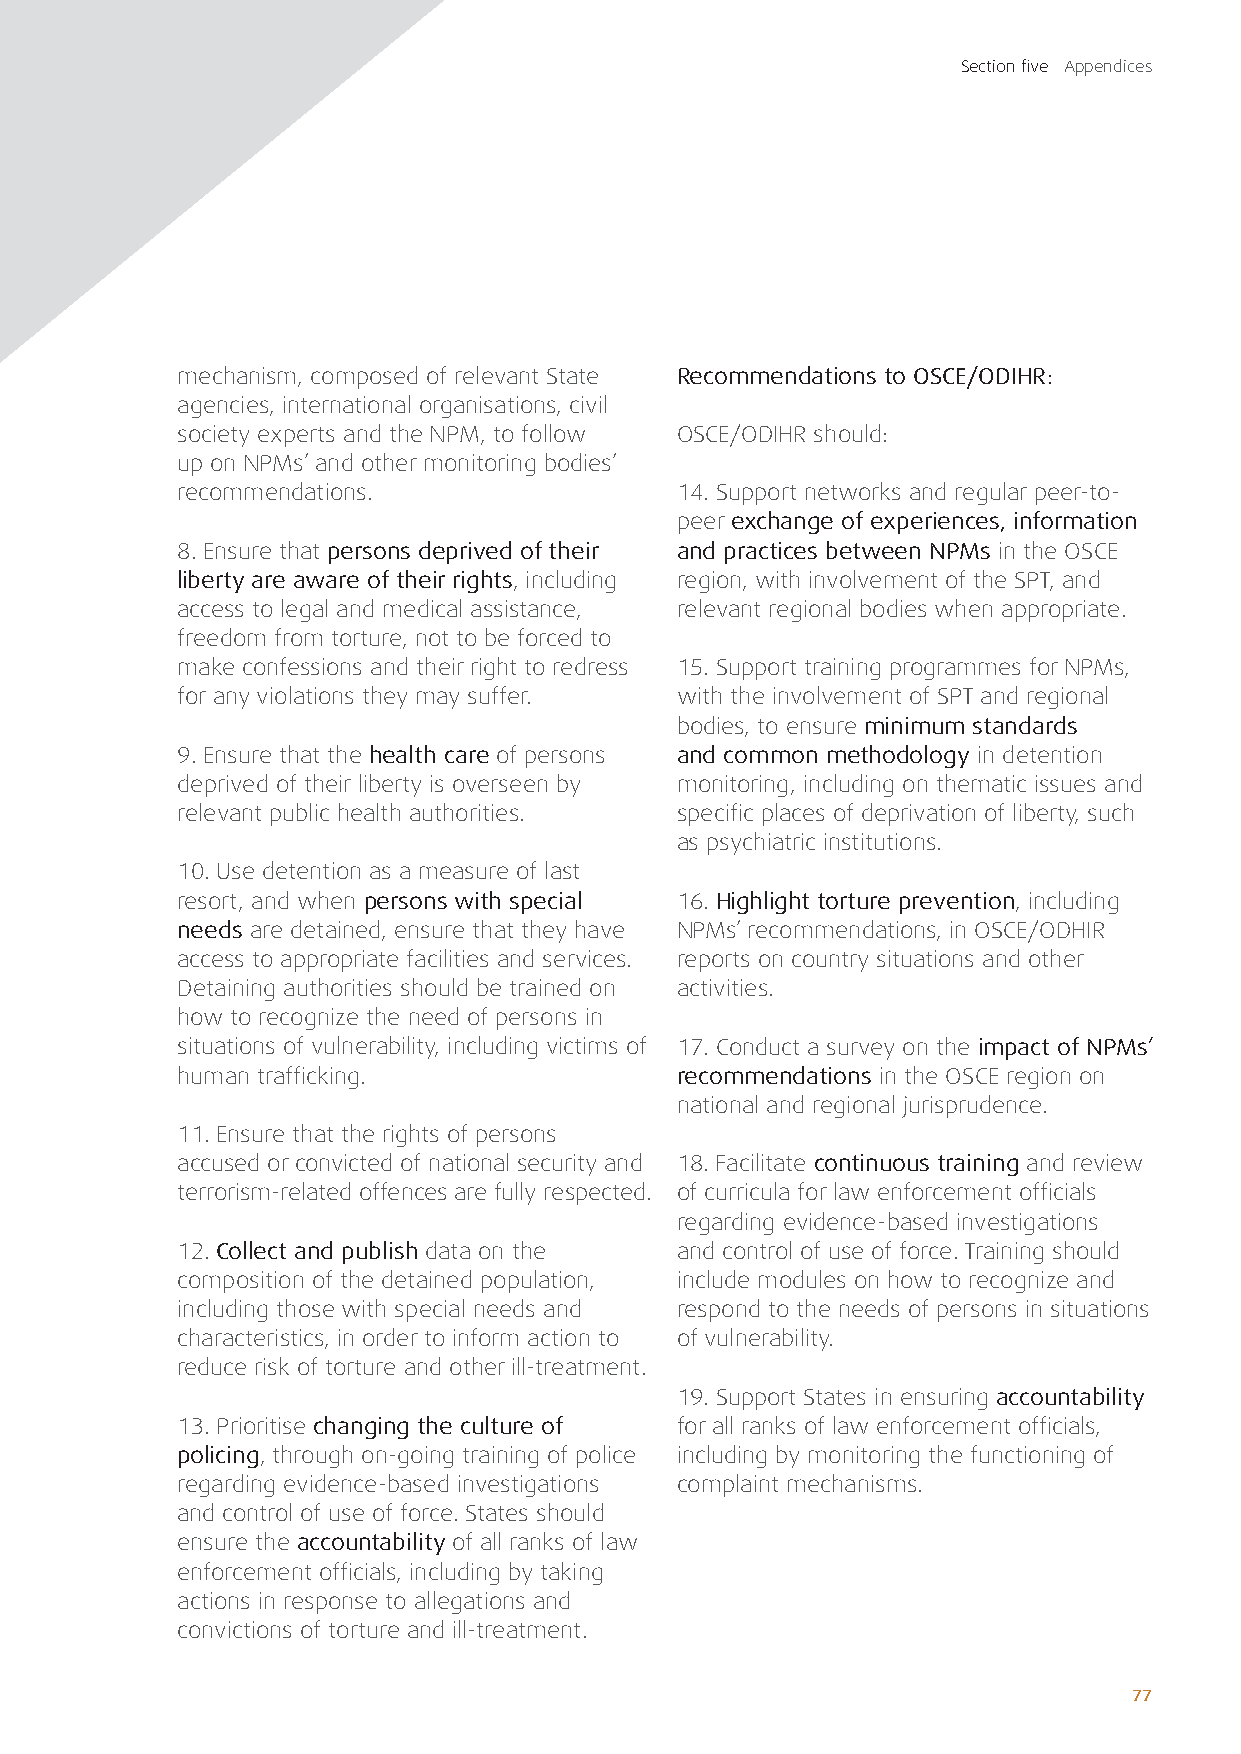
Section five Appendices
 mechanism, composed of relevant State Recommendations to OSCE/ODIHR:
 agencies, international organisations, civil
 society experts and the NPM, to follow OSCE/ODIHR should:
 up on NPMs’ and other monitoring bodies’
 recommendations.                 14. Support networks and regular peer-to-
 peer exchange of experiences, information
 8. Ensure that persons deprived of their and practices between NPMs in the OSCE
 liberty are aware of their rights, including region, with involvement of the SPT, and
 access to legal and medical assistance, relevant regional bodies when appropriate.
 freedom from torture, not to be forced to
 make confessions and their right to redress 15. Support training programmes for NPMs,
 for any violations they may suffer. with the involvement of SPT and regional
 bodies, to ensure minimum standards
 9. Ensure that the health care of persons and common methodology in detention
 deprived of their liberty is overseen by monitoring, including on thematic issues and
 relevant public health authorities. specific places of deprivation of liberty, such
 as psychiatric institutions.
 10. Use detention as a measure of last
 resort, and when persons with special 16. Highlight torture prevention, including
 needs are detained, ensure that they have NPMs’ recommendations, in OSCE/ODHIR
 access to appropriate facilities and services. reports on country situations and other
 Detaining authorities should be trained on activities.
 how to recognize the need of persons in
 situations of vulnerability, including victims of 17. Conduct a survey on the impact of NPMs’
 human trafficking.               recommendations in the OSCE region on
 national and regional jurisprudence.
 11. Ensure that the rights of persons
 accused or convicted of national security and 18. Facilitate continuous training and review
 terrorism-related offences are fully respected. of curricula for law enforcement officials
 regarding evidence-based investigations
 12. Collect and publish data on the and control of use of force. Training should
 composition of the detained population, include modules on how to recognize and
 including those with special needs and respond to the needs of persons in situations
 characteristics, in order to inform action to of vulnerability.
 reduce risk of torture and other ill-treatment.
 19. Support States in ensuring accountability
 13. Prioritise changing the culture of for all ranks of law enforcement officials,
 policing, through on-going training of police including by monitoring the functioning of
 regarding evidence-based investigations complaint mechanisms.
 and control of use of force. States should
 ensure the accountability of all ranks of law
 enforcement officials, including by taking
 actions in response to allegations and
 convictions of torture and ill-treatment.
 77